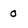
Character: 0